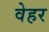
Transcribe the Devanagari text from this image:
वेहर